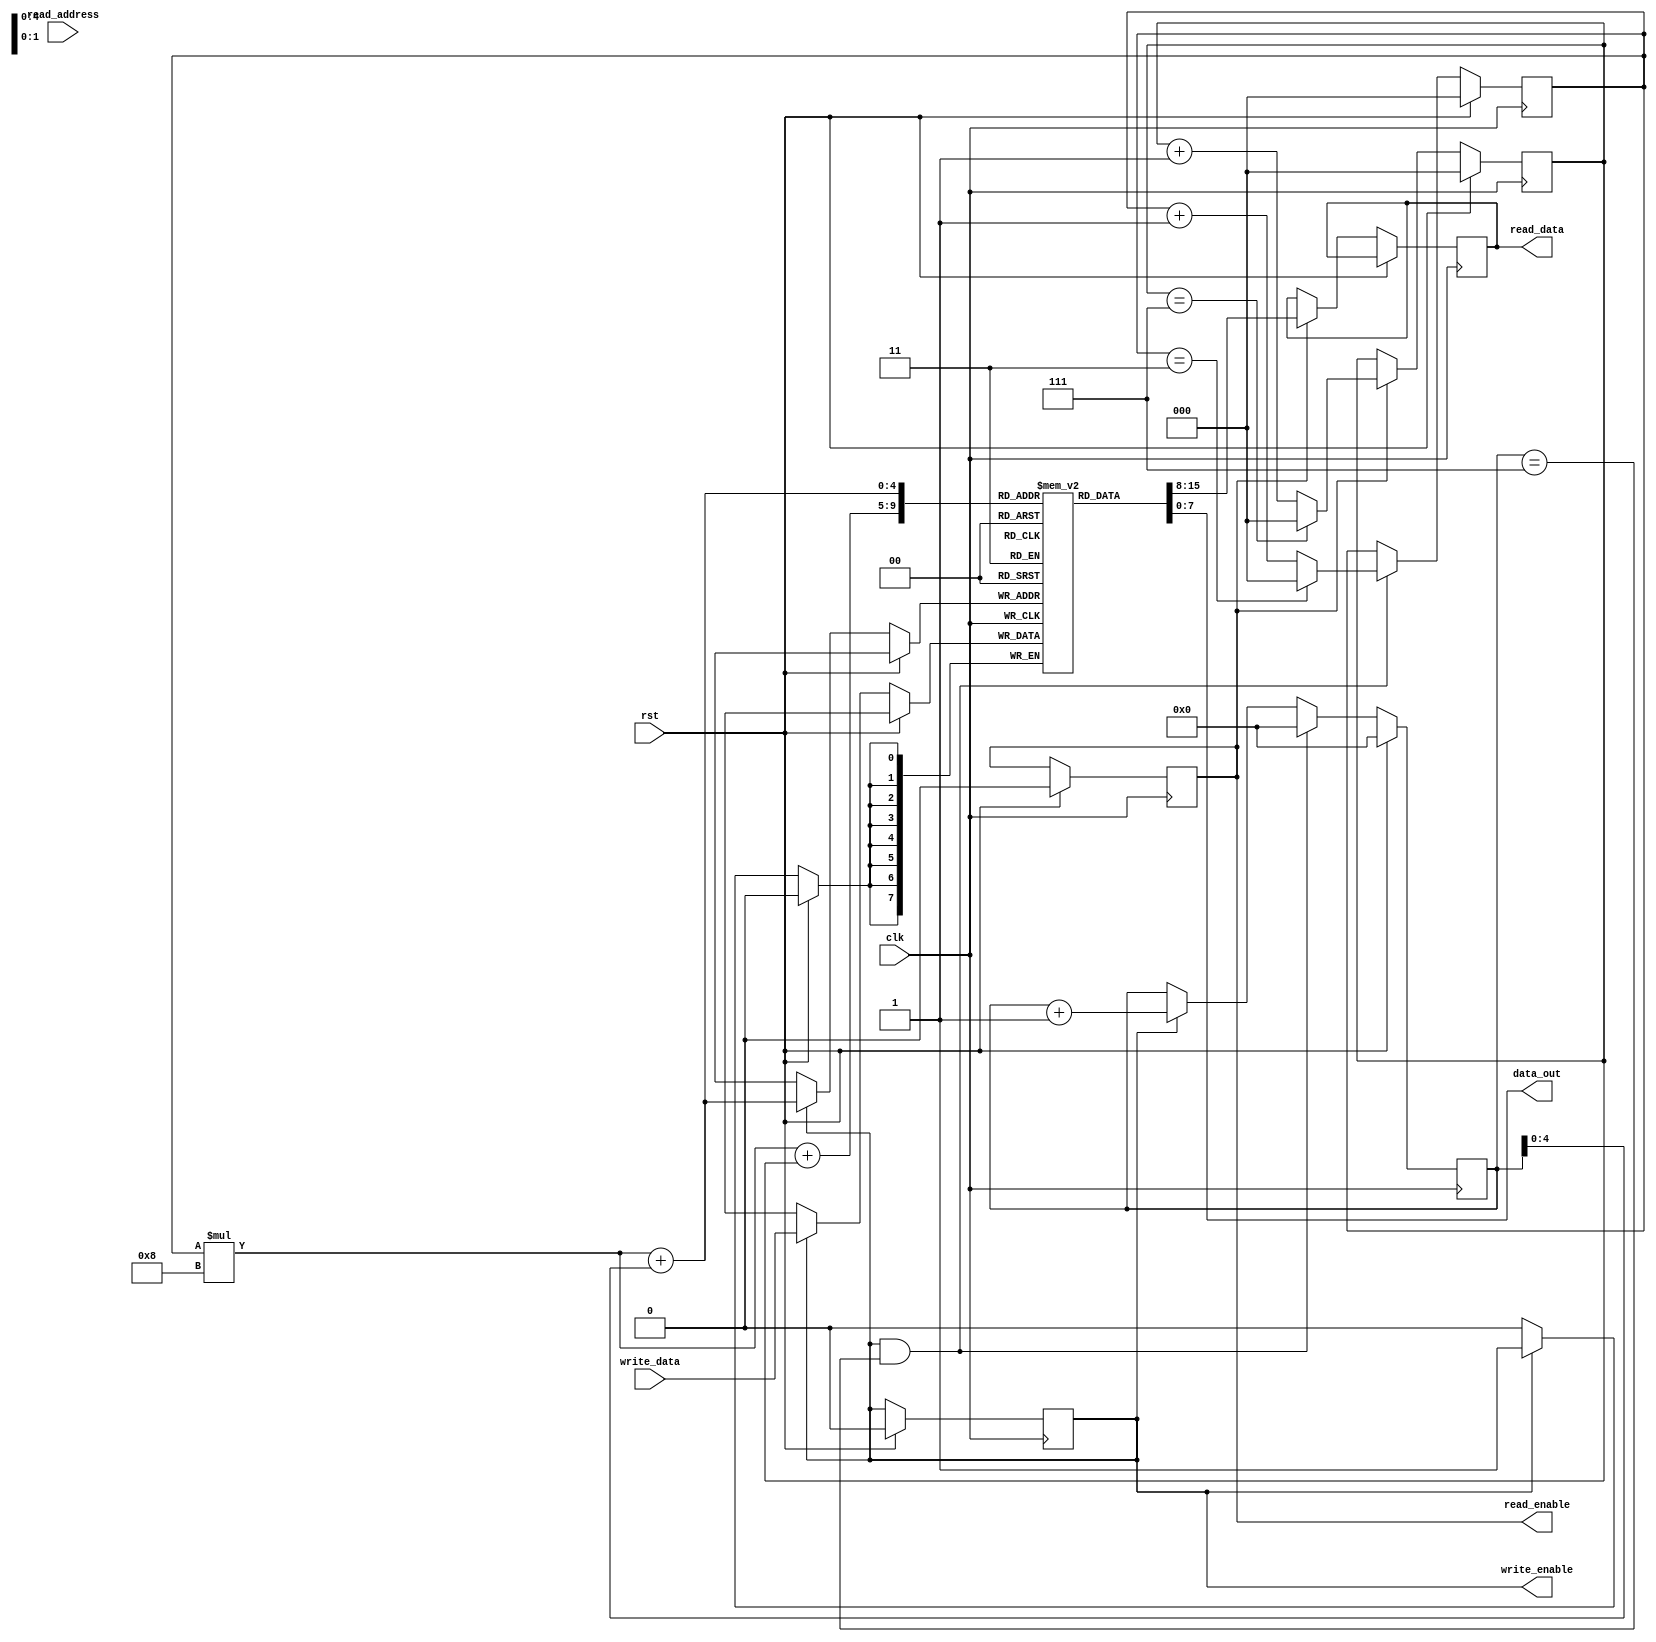
module Circular_Register_File (
    input clk,
    input rst,
    input [7:0] write_data,
    input [7:0] read_address,
    output reg [7:0] read_data,
    output reg [7:0] data_out,
    output reg read_enable,
    output reg write_enable
);

// Parameters
parameter NUM_BLOCKS = 4;
parameter NUM_REGISTERS_PER_BLOCK = 8;

// Internal signals
reg [7:0] memory [0:NUM_BLOCKS-1][0:NUM_REGISTERS_PER_BLOCK-1];
reg [7:0] write_address;
reg [2:0] block_select;
reg [2:0] read_pointer;

always @(posedge clk) begin
    if (rst) begin
        write_address <= 0;
        block_select <= 0;
        read_pointer <= 0;
        read_enable <= 0;
        write_enable <= 0;
    end else begin
        // Implement circular behavior
        if (write_enable && (write_address == NUM_REGISTERS_PER_BLOCK-1)) begin
            write_address <= 0;
            block_select <= (block_select == NUM_BLOCKS-1) ? 0 : block_select + 1;
        end else if (write_enable) begin
            write_address <= write_address + 1;
        end
        
        if (read_enable) begin
            read_data <= memory[block_select][read_pointer];
            read_pointer <= (read_pointer == NUM_REGISTERS_PER_BLOCK-1) ? 0 : read_pointer + 1;
        end
        
        // Write data to memory
        if (write_enable) begin
            memory[block_select][write_address] <= write_data;
        end
    end
end

// Output data
assign data_out = memory[block_select][write_address];

endmodule